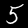
Label: 5